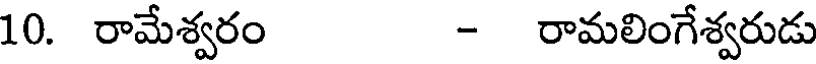
10. రామేశ్వరం - రామలింగేశ్వరుడు